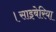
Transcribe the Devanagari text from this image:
।साइबेरिया